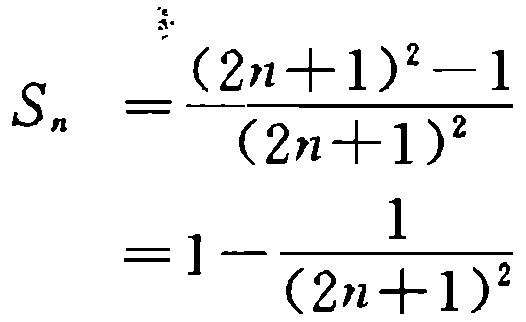
\[
\begin{align*}
S_{n}&=\frac{(2n + 1)^{2}-1}{(2n + 1)^{2}}\\
&=1-\frac{1}{(2n + 1)^{2}}
\end{align*}
\]